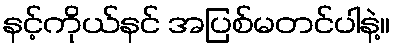
နင့်ကိုယ်နင် အပြစ်မတင်ပါနဲ့။